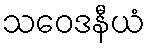
သဝေဒနီယံ